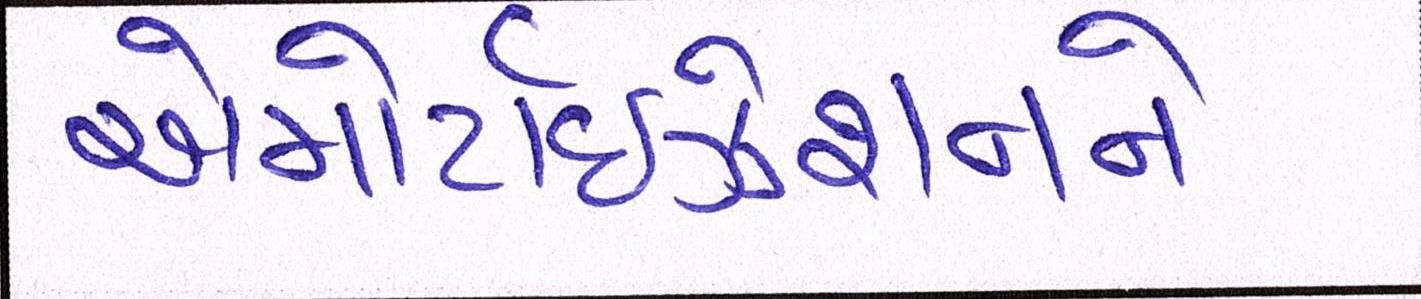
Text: એમોર્ટાઇઝેશનને